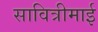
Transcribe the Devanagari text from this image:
सावित्रीमाई